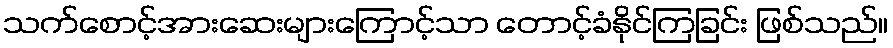
သက်စောင့်အားဆေးများကြောင့်သာ တောင့်ခံနိုင်ကြခြင်း ဖြစ်သည်။